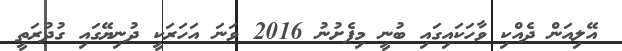
އޭލިއަން ދެއްކި ވާހަކައިގައި ބުނީ މިފެށުނު 2016 ވަނަ އަހަރަކީ ދުނިޔޭގައި ގުދުރަތީ